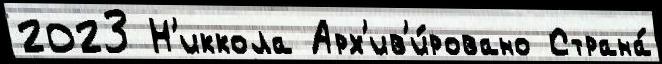
2023 Н'иккола Арх'ив'и́ровано Страна́